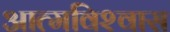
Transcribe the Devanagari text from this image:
आत्‍मविश्‍वास